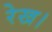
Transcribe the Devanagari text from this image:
रेख।